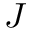
J